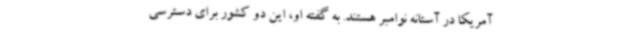
آمریکا در آستانه نوامبر هستند. به گفته او، این دو کشور برای دسترسی